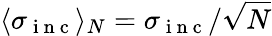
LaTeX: \langle\sigma_{\mathrm{~i~n~c~}}\rangle_{N}=\sigma_{\mathrm{~i~n~c~}}/\sqrt{N}